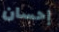
إحسان